Vital statistics of India. Vol. VI, European troops 1870-79
Year: 1870
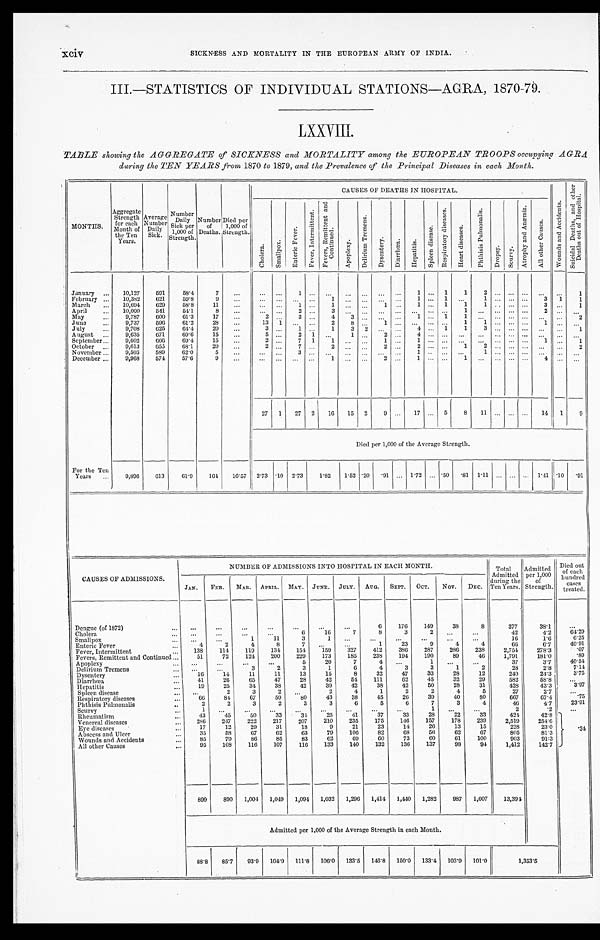
xciv
SICKNESS AND MORTALITY IN THE EUROPEAN ARMY OF INDIA.
III.—STATISTICS OF INDIVIDUAL STATIONS—AGRA, 1870-79.
LXXVIII.
TABLE showing the AGGREGATE of SICKNESS and MORTALITY among the EUROPEAN TROOPS occupying AGR
A during the TEN YEARS from 1870 to 1879, and the Prevalence of the Principal Diseases in each Month.
MONTHS.
Aggregate
Strength
for each
Mont h of t he Ten
Years.
Average
Number
Daily Sick.
Number
Daily
Sick per
1,000 of
Strength.
Number
of
Deaths.
Died per
1,000 of
Strength.
CAUSES OF DEATHS IN HOSPITAL.
W o u n d s a n d A c c i d e n t s .
S u i c i d a l D e a t h s , a n d o t h e r D e a t h s o u t o f H o s p i t a l .
C h o l e r a .
S m a l l p o x .
E n t e r i c F e v e r .
F e v e r , I n t e r m i t t e n t .
F e v e r s , R e m i t t e n t a n d C o n t i n u e d .
A p o p l e x y .
D e l i r i u m T r e m e n s .
D y s e n t e r y . Di a r r h œa .
He p a t i t i s .
S p l e e n d i s e a s e .
R e s p i r a t o r y d i s e a s e s .
H e a r t d i s e a s e s .
P h t h i s i s P u l m o n a l i s .
D r o p s y .
S c u r v y .
A t r o p h y a n d A n æ m i a .
A l l o t h e r c a u s e s .
January
10,127
591
58.4
7
1
1
1
1
2
1
February
10,382 621
59.8
9
1
1
1
1
3
1 1
March
10,694
629
58.8
11
1
1
1
1
1
1
1
3
1
April
10,000
541
54.1
8
2
3
1
2
May
9,787
600
61.3
17
2
3
4 3
1
1
1
2
June
9,737
596
6 1 . 2
2 8
13 1
2
8
1
1
1
1
July
9,708
625
64.4
20
3
1
1
3 2
4
1 1
3
1
August
9,635
671
69.6
15
5
2 1
1
2
4
September
9,602
666
69.4
15
2
7 1
1
1
1
1
1
October
9,613
653
68.1
20
2
7
2
2
2
1 2
2
November
9,503
589
62.0
5
3
1
1
December
9,968
574
57.6
9
1
2
1
1
4
27 1 27 2 16 15 2
9
17
5
8 11
14 1
9
Died per 1,000 of the Average Strength.
For the Ten
Years
9,896 613
6 1 . 9
1 6 4
1 6 . 5 7 2.73 .10 2.73
1 . 8 2 1 . 5 2
.20 . 9 1
1 . 7 2
. 5 0
. 8 1
1 . 1 1
1 . 4 1 .10 . 9 1
CAUSES OF ADMISSIONS.
NUMBER OF ADMISSIONS INTO HOSPITAL IN EACH MONTH.
Total Admitted
during the
Ten Years.
A d m i t t e d p e r 1 , 0 0 0 o f S t r e n g t h .
Died out
of each
hundred
cases
treated.
JAN. FEB. MAR. APRIL. MAY. JUNE. JULY. AUG. SEPT. OCT. NOV. DEC.
Dengue (of 1872)
6
176
149
38
8
377
38.1
Cholera
6
16
7
8
3
2
42
4.2
64. 29
Smallpox
1
11
3
1
16
1.6
6 . 2 5
Enteric Fever
4
2
4
8
7
1
23
9
4
4
6 6
6.7
4 0 . 9 1
Fever, Intermittent
138
114
119
134
154
159
327
412
386
287
286 238
2,754
278.3
. 0 7
Fevers, Remittent and Continued
51
72
124
200
229
173
185
238
194
190
89
46
1,791
181.0
. 8 9
Apoplexy
5
20
7
4
1
37
3.7
40. 54
Delirium Tremens
3
2
3
1
6
4
3
3
1
2
28
2.8
7 . 1 4
Dysentery
16
14
11
11
13
15
8
32
47
33
28
12
240
24.3
3 . 7 5
Diarrhœa
41
26
65
47
28
42
54
111
62
45
32
29
582
58.8
Hepatitis
19
25
34
38
42
39
42
38
42
50
28
31
428
43.3
3 . 9 7
Spleen disease
2
3
2
2
4
1
2
2
4
5
27
2.7
Respiratory diseases
6 6
84
67
59
80
43
38
45
26
39
40
80
667
67.4
.75
Phthisis Pulmonalis
2
2
3
2
3
3
6
5
6
7
3
4
46
4.7
23. 91
Scurvy
1
1
2
.2
Rheumatism
43
45
50
33
34
25
41
37
33
28
22
33
424
42.8
. 3 4
Venereal diseases
286
247
222
217
207
210
235
175
146
157
178
239
2,519
254.6
Eye diseases
17
12
29
31
18
9
2 1
2 3
1 4
2 6
1 3
1 5
228
23.0
Abscess and Ulcer
35
58
67
62
63
79
1 0 6
8 2
6 8
5 6
62
6 7
805
8 1 . 3
Wounds and Accidents
85
79
86
85
83
62
69
60
73
6 0
6 1
1 0 0
903
9 1 . 3
All other Causes
95
108
116
107
116
133
140
132
136
137
98
94
1,412
142.7
899
890 1,004 1,049 1,094 1,032 1,296 1,414 1,440 1,282
987 1,007
13,394
Admitted per 1,000 of the Average Strength in each Month.
88.8 85.7 93.9 104.9 111.8 106.0 133.5 146.8 150.0 133.4 103.9 101.0
1 , 3 5 3 . 5